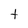
Character: t